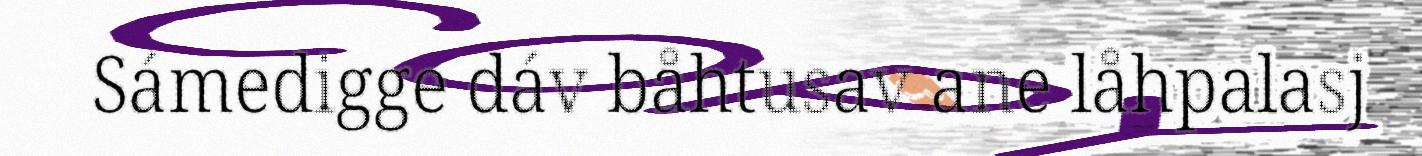
Sámedigge dáv båhtusav ane låhpalasj